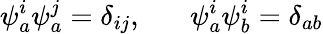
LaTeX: \psi_{a}^{i}\psi_{a}^{j}=\delta_{ij},\; \; \; \; \; \; \psi_{a}^{i}\psi_{b}^{i}=\delta_{ab}